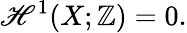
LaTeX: \mathscr{H}^{1}(X;\mathbb{{Z}})=0.